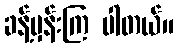
ခန့်မှန်းကြ ပါတယ်။